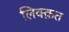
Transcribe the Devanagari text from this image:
लिक्क़त